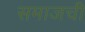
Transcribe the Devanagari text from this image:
समाजची